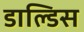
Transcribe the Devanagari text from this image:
डाल्डिस